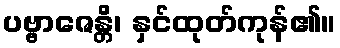
ပဗ္ဗာဇေန္တိ၊ နှင်ထုတ်ကုန်၏။